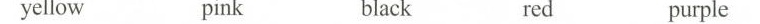
yellow pink black red purple